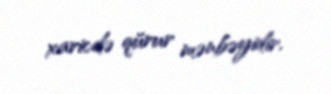
xaricdə qürur mənbəyidir.